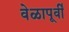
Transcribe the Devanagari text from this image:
वेळापूर्वी